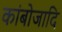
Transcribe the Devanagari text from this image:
कांबोजादि